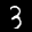
Label: 3